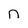
Character: n